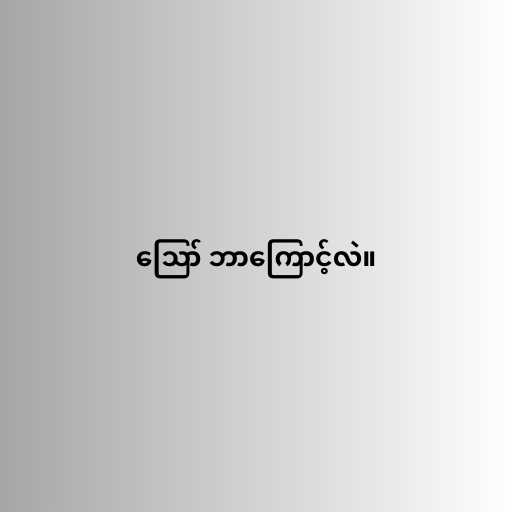
ဪ ဘာကြောင့်လဲ။